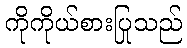
ကိုကိုယ်စားပြုသည်